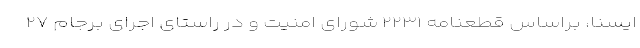
ایسنا، براساس قطعنامه ۲۲۳۱ شورای امنیت و در راستای اجرای برجام ۲۷